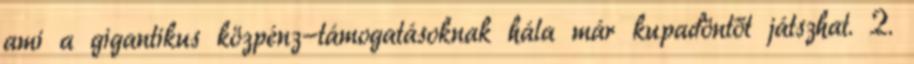
ami a gigantikus közpénz-támogatásoknak hála már kupadöntőt játszhat. 2.